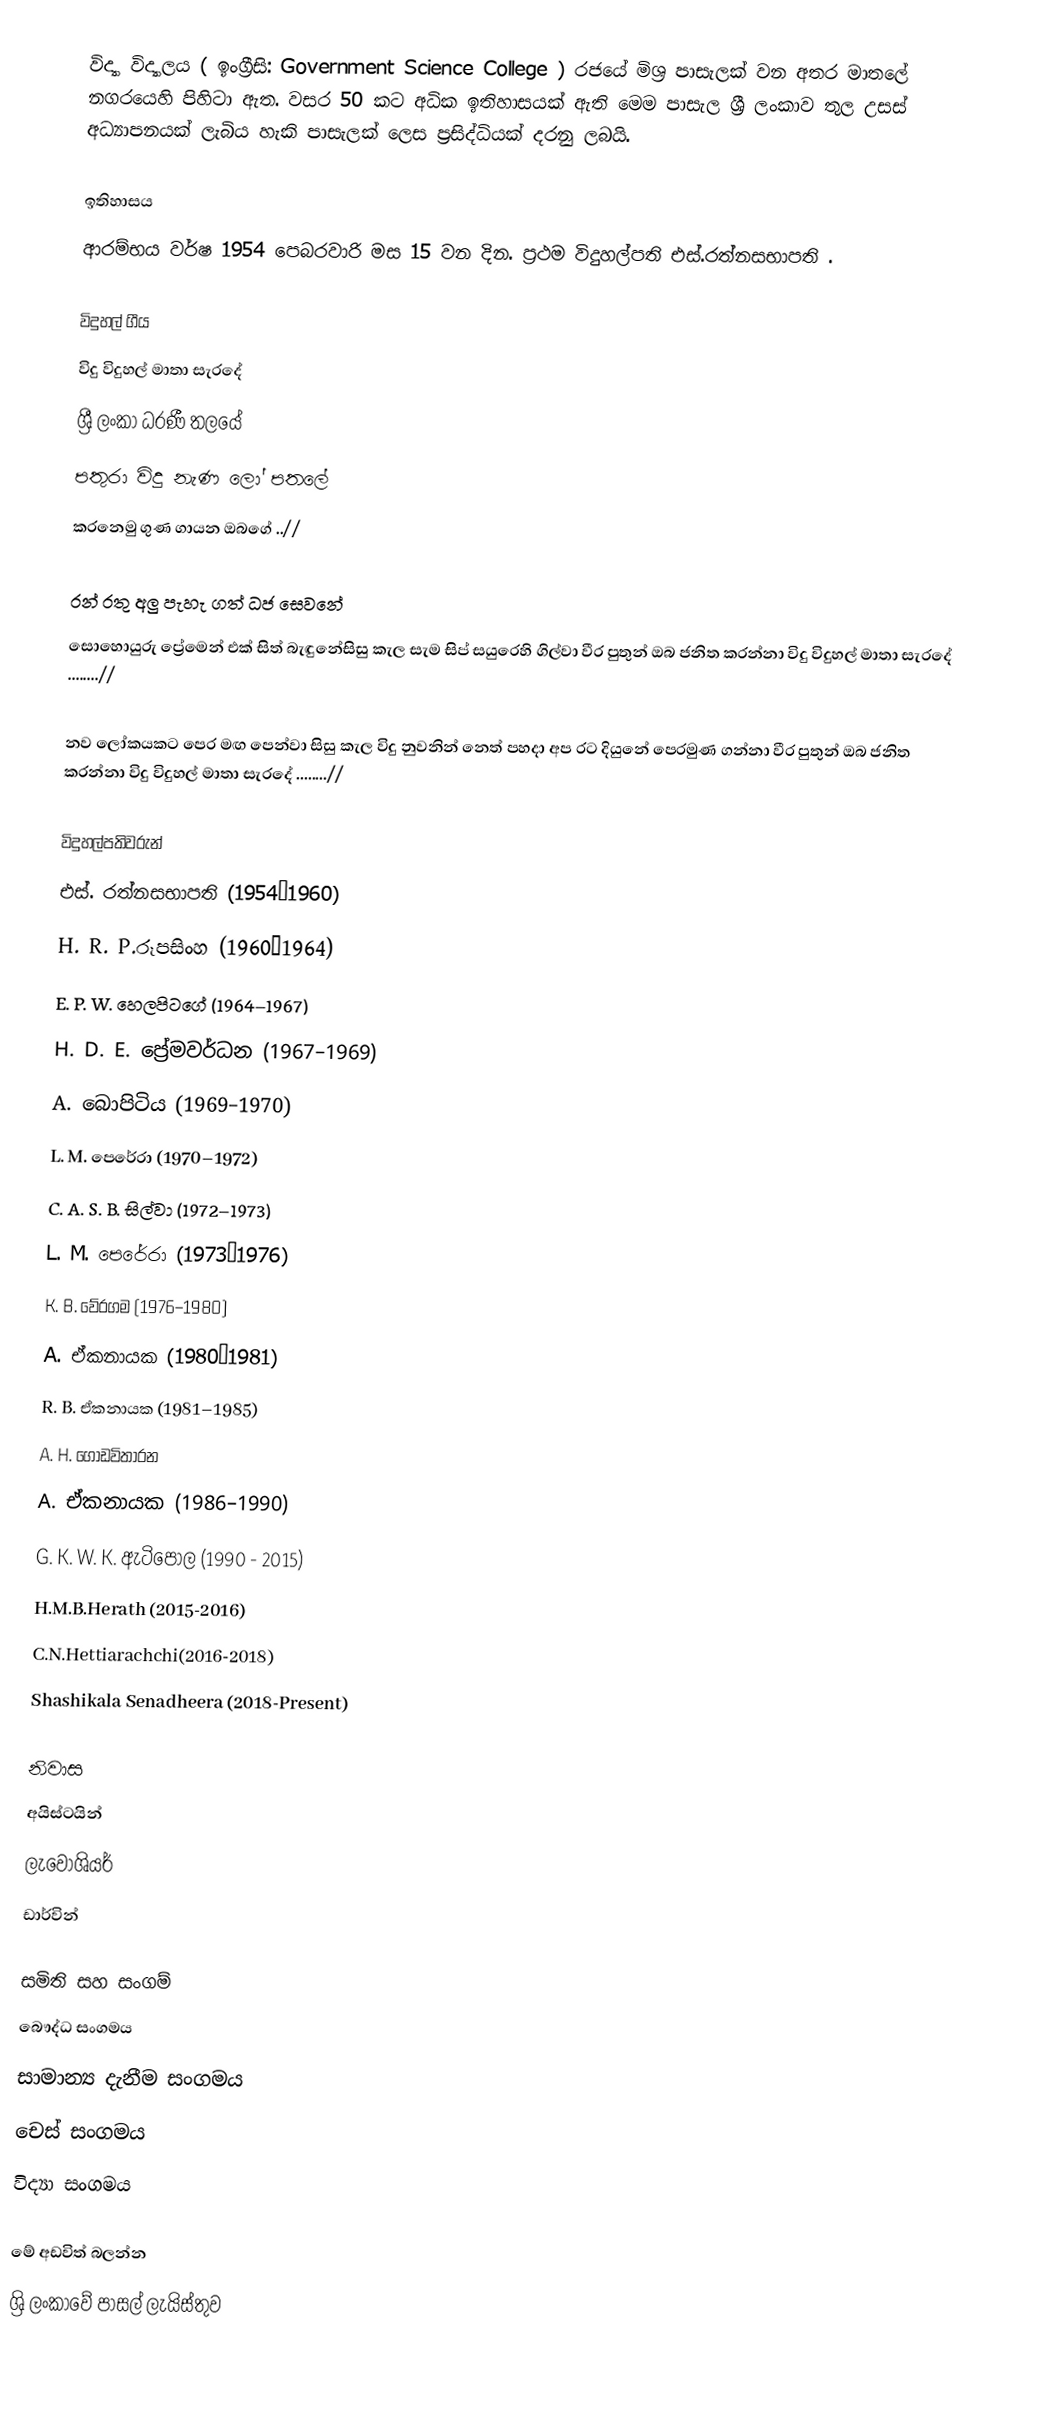
විද්‍යා විද්‍යාලය ( ඉංග්‍රීසි: Government Science College ) රජයේ මිශ්‍ර පාසැලක් වන අතර  මාතලේ නගරයෙහි පිහිටා ඇත. වසර 50 කට අධික ඉතිහාසයක් ඇති මෙම පාසැල ශ්‍රී ලංකාව තුල උසස් අධ්‍යාපනයක් ලැබිය හැකි පාසැලක් ලෙස ප්‍රසිද්ධියක් දරනු ලබයි.

ඉතිහාසය
ආරම්භය වර්ෂ 1954 පෙබරවාරි මස 15 වන දින. ප්‍රථම විදුහල්පති එස්.රත්නසභාපති .

විදුහල් ගීය
විදු විදුහල් මාතා සැරදේ
ශ්‍රී ලංකා ධරණී තලයේ
පතුරා විදු නැණ ලෝ පතලේ
කරනෙමු ගුණ ගායන ඔබගේ ..//

රන් රතු අලු පැහැ ගත් ධජ සෙවනේ
සොහොයුරු ප්‍රේමෙන් එක් සිත් බැඳුනේසිසු කැල සැම සිප් සයුරෙහි ගිල්වා වීර පුතුන් ඔබ ජනිත කරන්නා විදු විදුහල් මාතා සැරදේ ........//

නව ලෝකයකට පෙර මඟ පෙන්වා සිසු කැල විදු නුවනින් නෙත් පහදා අප රට දියුනේ පෙරමුණ ගන්නා වීර පුතුන් ඔබ ජනිත කරන්නා විදු විදුහල් මාතා සැරදේ ........//

විදුහල්පතිවරුන්
එස්. රත්නසභාපති (1954–1960)
H. R. P.රූපසිංහ (1960–1964)
E. P. W. හෙලපිටගේ (1964–1967)
H. D. E. ප්‍රේමවර්ධන (1967–1969)
A. බොපිටිය (1969–1970)
L. M. පෙරේරා (1970–1972)
C. A. S. B. සිල්වා (1972–1973)
L. M. පෙරේරා (1973–1976)
K. B.  වේරගම (1976–1980)
A. ඒකනායක (1980–1981)
R. B. ඒකනායක (1981–1985)
A. H. ගොඩවිතාරන
A. ඒකනායක (1986–1990)
G. K. W. K. ඇටිපොල  (1990 - 2015)
H.M.B.Herath (2015-2016)
C.N.Hettiarachchi(2016-2018)
Shashikala Senadheera (2018-Present)

නිවාස
අයිස්ටයින්
ලැවොශියර්
ඩාර්වින්

සමිති සහ සංගම්
බෞද්ධ සංගමය
සාමාන්‍ය දැනීම සංගමය
චෙස් සංගමය
විද්‍යා සංගමය

මේ අඩවිත් බලන්න
ශ්‍රි ලංකාවේ පාසල් ලැයිස්තුව